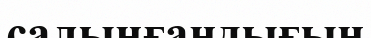
салынғандығын